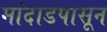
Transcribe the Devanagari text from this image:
मांदाडपासून